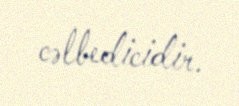
cəlbedicidir.